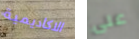
الاكاديمية على